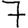
Digit: 7